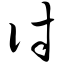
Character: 讨